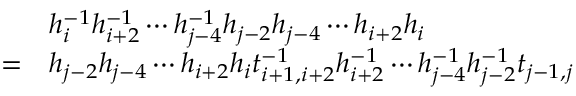
\begin{array} { r l } & { h _ { i } ^ { - 1 } h _ { i + 2 } ^ { - 1 } \cdots h _ { j - 4 } ^ { - 1 } h _ { j - 2 } h _ { j - 4 } \cdots h _ { i + 2 } h _ { i } } \\ { = } & { h _ { j - 2 } h _ { j - 4 } \cdots h _ { i + 2 } h _ { i } t _ { i + 1 , i + 2 } ^ { - 1 } h _ { i + 2 } ^ { - 1 } \cdots h _ { j - 4 } ^ { - 1 } h _ { j - 2 } ^ { - 1 } t _ { j - 1 , j } } \end{array}